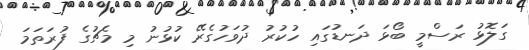
ގަލޮޅު ރަސްމީ ބޯޅަ ދަނޑުގައި ހުކުރު ދުވަހުގެރޭ ކުޅުނު މި މެޗުގެ ފުރަތަމަ